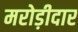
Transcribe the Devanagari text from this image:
मरोड़ीदार